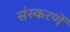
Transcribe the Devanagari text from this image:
संस्करणें